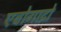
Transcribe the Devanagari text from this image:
एवोगाद्रो